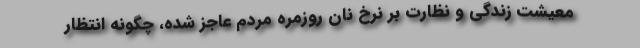
معیشت زندگی و نظارت بر نرخ نان روزمره مردم عاجز شده، چگونه انتظار